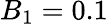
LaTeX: B_{1}=0.1